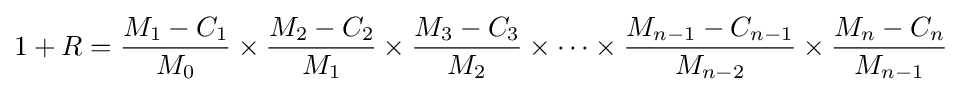
1+R={\frac {M_{1}-C_{1}}{M_{0}}}\times {\frac {M_{2}-C_{2}}{M_{1}}}\times {\frac {M_{3}-C_{3}}{M_{2}}}\times \cdots \times {\frac {M_{n-1}-C_{n-1}}{M_{n-2}}}\times {\frac {M_{n}-C_{n}}{M_{n-1}}}